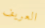
العريف